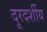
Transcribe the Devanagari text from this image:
दूरदर्शीय